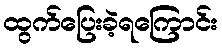
ထွက်ပြေးခဲ့ရကြောင်း